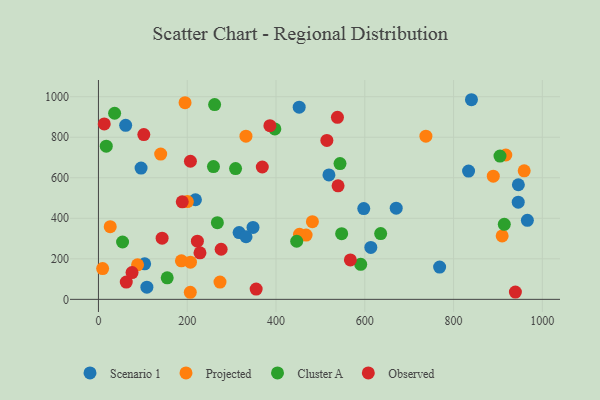
{"axis": {"x": "Study Hours", "y": "Rating"}, "legend": ["Cluster A", "Observed", "Projected", "Scenario 1"], "data": [{"x": "946.0", "y": 565.6, "type": "Scenario 1"}, {"x": "519.2", "y": 613.8, "type": "Scenario 1"}, {"x": "348.2", "y": 355.1, "type": "Scenario 1"}, {"x": "768.6", "y": 159.5, "type": "Scenario 1"}, {"x": "109.1", "y": 60.3, "type": "Scenario 1"}, {"x": "316.9", "y": 329.4, "type": "Scenario 1"}, {"x": "96.0", "y": 647.7, "type": "Scenario 1"}, {"x": "597.7", "y": 448.1, "type": "Scenario 1"}, {"x": "840.3", "y": 985.1, "type": "Scenario 1"}, {"x": "833.8", "y": 633.2, "type": "Scenario 1"}, {"x": "966.3", "y": 390.2, "type": "Scenario 1"}, {"x": "945.7", "y": 479.3, "type": "Scenario 1"}, {"x": "218.5", "y": 491.5, "type": "Scenario 1"}, {"x": "670.8", "y": 449.7, "type": "Scenario 1"}, {"x": "613.6", "y": 256.0, "type": "Scenario 1"}, {"x": "61.3", "y": 859.0, "type": "Scenario 1"}, {"x": "104.1", "y": 175.2, "type": "Scenario 1"}, {"x": "332.5", "y": 308.9, "type": "Scenario 1"}, {"x": "452.2", "y": 948.4, "type": "Scenario 1"}, {"x": "140.2", "y": 717.0, "type": "Projected"}, {"x": "467.8", "y": 317.1, "type": "Projected"}, {"x": "889.5", "y": 608.0, "type": "Projected"}, {"x": "482.0", "y": 383.2, "type": "Projected"}, {"x": "332.3", "y": 805.2, "type": "Projected"}, {"x": "195.1", "y": 970.3, "type": "Projected"}, {"x": "88.1", "y": 170.5, "type": "Projected"}, {"x": "9.4", "y": 151.7, "type": "Projected"}, {"x": "909.5", "y": 312.8, "type": "Projected"}, {"x": "200.3", "y": 482.5, "type": "Projected"}, {"x": "206.9", "y": 34.9, "type": "Projected"}, {"x": "273.8", "y": 85.0, "type": "Projected"}, {"x": "207.3", "y": 183.5, "type": "Projected"}, {"x": "959.1", "y": 634.4, "type": "Projected"}, {"x": "917.7", "y": 712.3, "type": "Projected"}, {"x": "452.9", "y": 320.7, "type": "Projected"}, {"x": "26.5", "y": 358.7, "type": "Projected"}, {"x": "186.9", "y": 190.3, "type": "Projected"}, {"x": "737.7", "y": 805.4, "type": "Projected"}, {"x": "308.9", "y": 645.4, "type": "Cluster A"}, {"x": "17.6", "y": 755.9, "type": "Cluster A"}, {"x": "544.2", "y": 670.2, "type": "Cluster A"}, {"x": "36.4", "y": 918.3, "type": "Cluster A"}, {"x": "547.9", "y": 324.1, "type": "Cluster A"}, {"x": "261.7", "y": 961.0, "type": "Cluster A"}, {"x": "54.3", "y": 282.9, "type": "Cluster A"}, {"x": "154.9", "y": 106.0, "type": "Cluster A"}, {"x": "904.6", "y": 706.8, "type": "Cluster A"}, {"x": "590.8", "y": 172.9, "type": "Cluster A"}, {"x": "635.8", "y": 324.7, "type": "Cluster A"}, {"x": "267.9", "y": 378.3, "type": "Cluster A"}, {"x": "446.6", "y": 286.7, "type": "Cluster A"}, {"x": "259.1", "y": 655.3, "type": "Cluster A"}, {"x": "914.3", "y": 370.3, "type": "Cluster A"}, {"x": "397.4", "y": 841.2, "type": "Cluster A"}, {"x": "143.4", "y": 301.8, "type": "Observed"}, {"x": "102.2", "y": 813.2, "type": "Observed"}, {"x": "567.5", "y": 194.3, "type": "Observed"}, {"x": "939.3", "y": 35.8, "type": "Observed"}, {"x": "369.1", "y": 653.1, "type": "Observed"}, {"x": "222.9", "y": 286.9, "type": "Observed"}, {"x": "188.8", "y": 481.4, "type": "Observed"}, {"x": "386.3", "y": 857.0, "type": "Observed"}, {"x": "228.7", "y": 229.5, "type": "Observed"}, {"x": "514.6", "y": 784.4, "type": "Observed"}, {"x": "13.1", "y": 865.8, "type": "Observed"}, {"x": "539.8", "y": 560.1, "type": "Observed"}, {"x": "207.2", "y": 681.5, "type": "Observed"}, {"x": "538.4", "y": 898.2, "type": "Observed"}, {"x": "276.4", "y": 247.2, "type": "Observed"}, {"x": "62.7", "y": 85.3, "type": "Observed"}, {"x": "355.3", "y": 50.7, "type": "Observed"}, {"x": "75.7", "y": 131.9, "type": "Observed"}]}